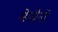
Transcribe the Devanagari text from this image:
मेम्ब्रेनों